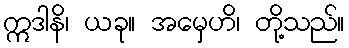
ဣဒါနိ၊ ယခု။ အမှေဟိ၊ တို့သည်။